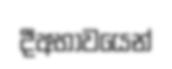
දීඅභාවයෙන්